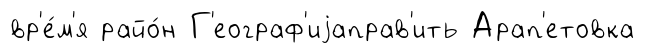
вр'е́м'я райо́н Г'еограф'иjаправ'ить Арап'етовка